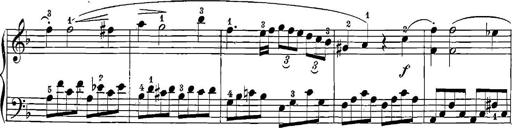
Title: 12 Sonatinas
Composer: Ignaz Pleyel